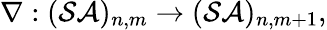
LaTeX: \nabla:({\cal SA})_{n,m}\rightarrow({\cal SA})_{n,m+1},